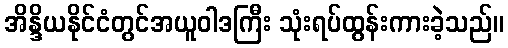
အိန္ဒိယနိုင်ငံတွင်အယူဝါဒကြီး သုံးရပ်ထွန်းကားခဲ့သည်။